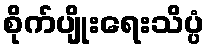
စိုက်ပျိုးရေးသိပ္ပံ